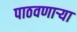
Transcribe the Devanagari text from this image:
पाठवणाऱ्या